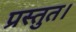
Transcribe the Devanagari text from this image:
प्रस्तुत।